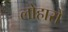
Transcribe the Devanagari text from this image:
लोहारो